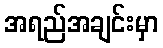
အရည်အချင်းမှာ